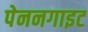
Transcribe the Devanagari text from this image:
पेननगाइट